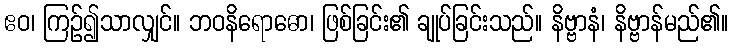
ဧဝ၊ ကြဉ်၍သာလျှင်။ ဘဝနိရောဓော၊ ဖြစ်ခြင်း၏ ချုပ်ခြင်းသည်။ နိဗ္ဗာနံ၊ နိဗ္ဗာန်မည်၏။